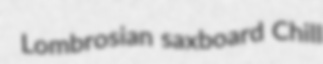
Lombrosian saxboard Chill